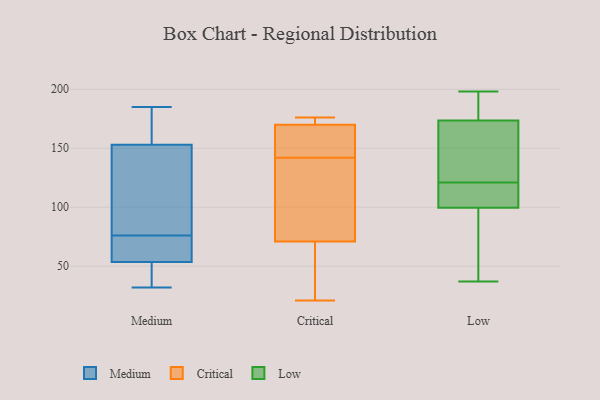
{"axis": {"x": "Operating Costs (USD K)", "y": "Value"}, "legend": ["Critical", "Low", "Medium"], "data": [{"x": "", "y": 155, "type": "Medium"}, {"x": "", "y": 185, "type": "Medium"}, {"x": "", "y": 39, "type": "Medium"}, {"x": "", "y": 67, "type": "Medium"}, {"x": "", "y": 85, "type": "Medium"}, {"x": "", "y": 60, "type": "Medium"}, {"x": "", "y": 151, "type": "Medium"}, {"x": "", "y": 110, "type": "Medium"}, {"x": "", "y": 172, "type": "Medium"}, {"x": "", "y": 63, "type": "Medium"}, {"x": "", "y": 32, "type": "Medium"}, {"x": "", "y": 47, "type": "Medium"}, {"x": "", "y": 71, "type": "Critical"}, {"x": "", "y": 149, "type": "Critical"}, {"x": "", "y": 132, "type": "Critical"}, {"x": "", "y": 170, "type": "Critical"}, {"x": "", "y": 173, "type": "Critical"}, {"x": "", "y": 158, "type": "Critical"}, {"x": "", "y": 21, "type": "Critical"}, {"x": "", "y": 135, "type": "Critical"}, {"x": "", "y": 176, "type": "Critical"}, {"x": "", "y": 24, "type": "Critical"}, {"x": "", "y": 115, "type": "Low"}, {"x": "", "y": 107, "type": "Low"}, {"x": "", "y": 110, "type": "Low"}, {"x": "", "y": 92, "type": "Low"}, {"x": "", "y": 148, "type": "Low"}, {"x": "", "y": 37, "type": "Low"}, {"x": "", "y": 97, "type": "Low"}, {"x": "", "y": 145, "type": "Low"}, {"x": "", "y": 181, "type": "Low"}, {"x": "", "y": 56, "type": "Low"}, {"x": "", "y": 115, "type": "Low"}, {"x": "", "y": 98, "type": "Low"}, {"x": "", "y": 101, "type": "Low"}, {"x": "", "y": 172, "type": "Low"}, {"x": "", "y": 176, "type": "Low"}, {"x": "", "y": 197, "type": "Low"}, {"x": "", "y": 175, "type": "Low"}, {"x": "", "y": 145, "type": "Low"}, {"x": "", "y": 127, "type": "Low"}, {"x": "", "y": 198, "type": "Low"}]}